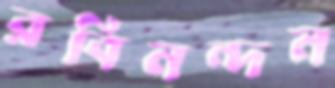
রবিনন্দন